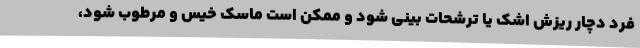
فرد دچار ریزش اشک یا ترشحات بینی شود و ممکن است ماسک خیس و مرطوب شود،